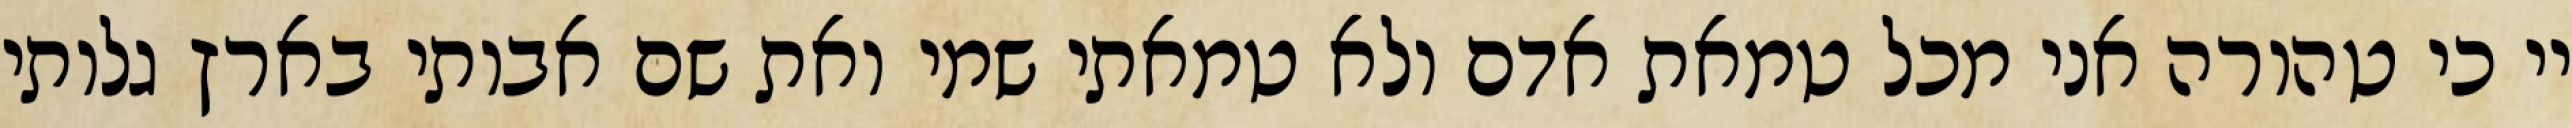
יי כי טהורה אני מכל טמאת אדם ולא טמאתי שמי ואת שם אבותי בארץ גלותי